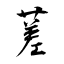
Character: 蒫